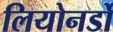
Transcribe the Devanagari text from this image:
लियोनर्डो